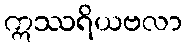
ဣဿရိယဗလာ